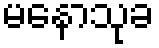
မနောသုခ